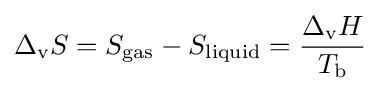
\Delta _{\text{v}}S=S_{\text{gas}}-S_{\text{liquid}}={\frac {\Delta _{\text{v}}H}{T_{\text{b}}}}